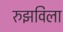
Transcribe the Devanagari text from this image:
रुझविला